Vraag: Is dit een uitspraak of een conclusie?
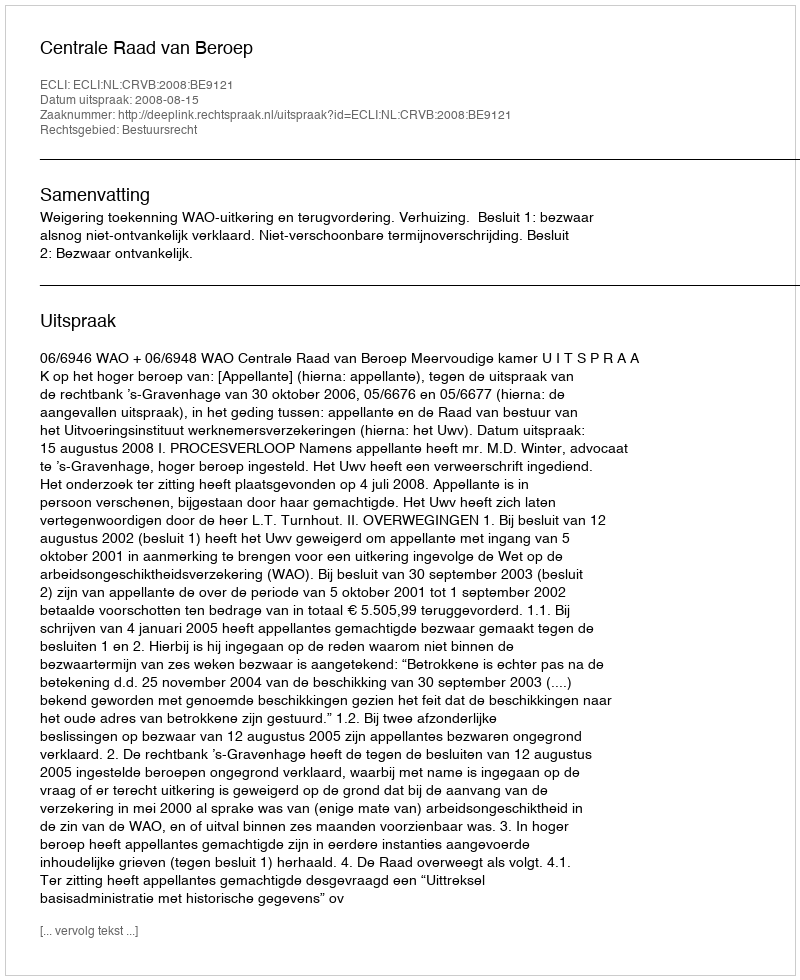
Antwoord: Uitspraak